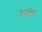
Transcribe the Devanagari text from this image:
घळीने